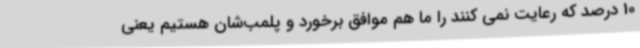
10 درصد که رعایت نمی کنند را ما هم موافق برخورد و پلمب‌شان هستیم یعنی